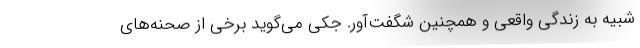
شبیه به زندگی واقعی و همچنین شگفت‌آور. جکی می‌گوید برخی از صحنه‌های